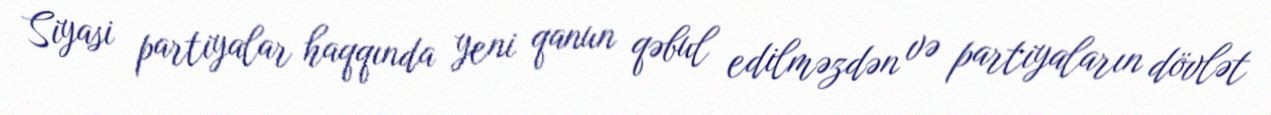
Siyasi partiyalar haqqında yeni qanun qəbul edilməzdən və partiyaların dövlət